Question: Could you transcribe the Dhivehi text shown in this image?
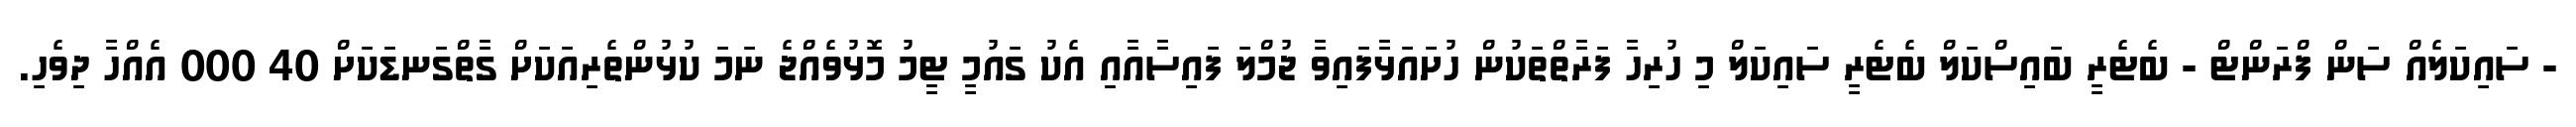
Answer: - ސައިކަލެއް ސަން ފްރަންޓް - ބެޓެރީ ބައިސްކަލް ބެޓެރީ ސައިކަލް މި ހުރިހާ ފަރާތްތަކުން ހުށައަޅާފައިވާ ޖުމްލަ ފައިސާއާއި އެކު ގައުމީ ޓީމު މޮޅުވެއްޖެ ނަމަ ކުޅުންތެރިއަކަށް ގާތްގަނޑަކަށް 40 000 އެއްހާ ދިވެހި.